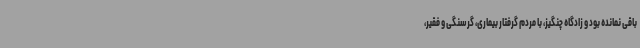
باقی نمانده بود و زادگاه چنگیز، با مردم گرفتار بیماری، گرسنگی و فقیر،